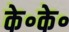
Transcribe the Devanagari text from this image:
के॰के॰